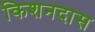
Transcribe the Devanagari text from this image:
किशनदास